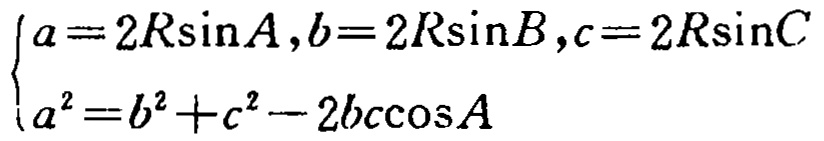
\[
\begin{cases}
a = 2R\sin A,b = 2R\sin B,c = 2R\sin C\\
a^{2}=b^{2}+c^{2}-2bc\cos A
\end{cases}
\]